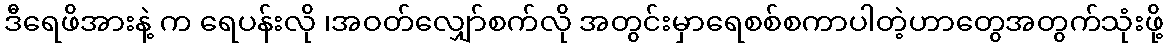
ဒီရေဖိအားနဲ့ က ရေပန်းလို ၊အဝတ်လျှော်စက်လို အတွင်းမှာရေစစ်စကာပါတဲ့ဟာတွေအတွက်သုံးဖို့